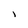
Character: 1